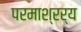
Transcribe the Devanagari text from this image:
परमाश्रर्य